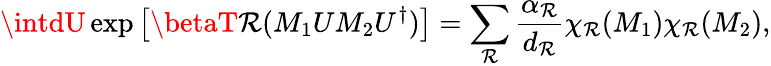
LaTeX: \intdU\exp\left[\betaT\mathcal{R}(M_{1}UM_{2}U^{\dagger})\right]=\sum_{\mathcal{R}}\frac{{\alpha_{\mathcal{R}}}}{{d_{\mathcal{R}}}}\chi_{\mathcal{R}}(M_{1})\chi_{\mathcal{R}}(M_{2}),